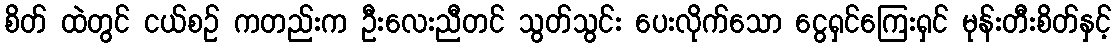
စိတ် ထဲတွင် ငယ်စဉ် ကတည်းက ဦးလေးညီတင် သွတ်သွင်း ပေးလိုက်သော ငွေရှင်ကြေးရှင် မုန်းတီးစိတ်နှင့်